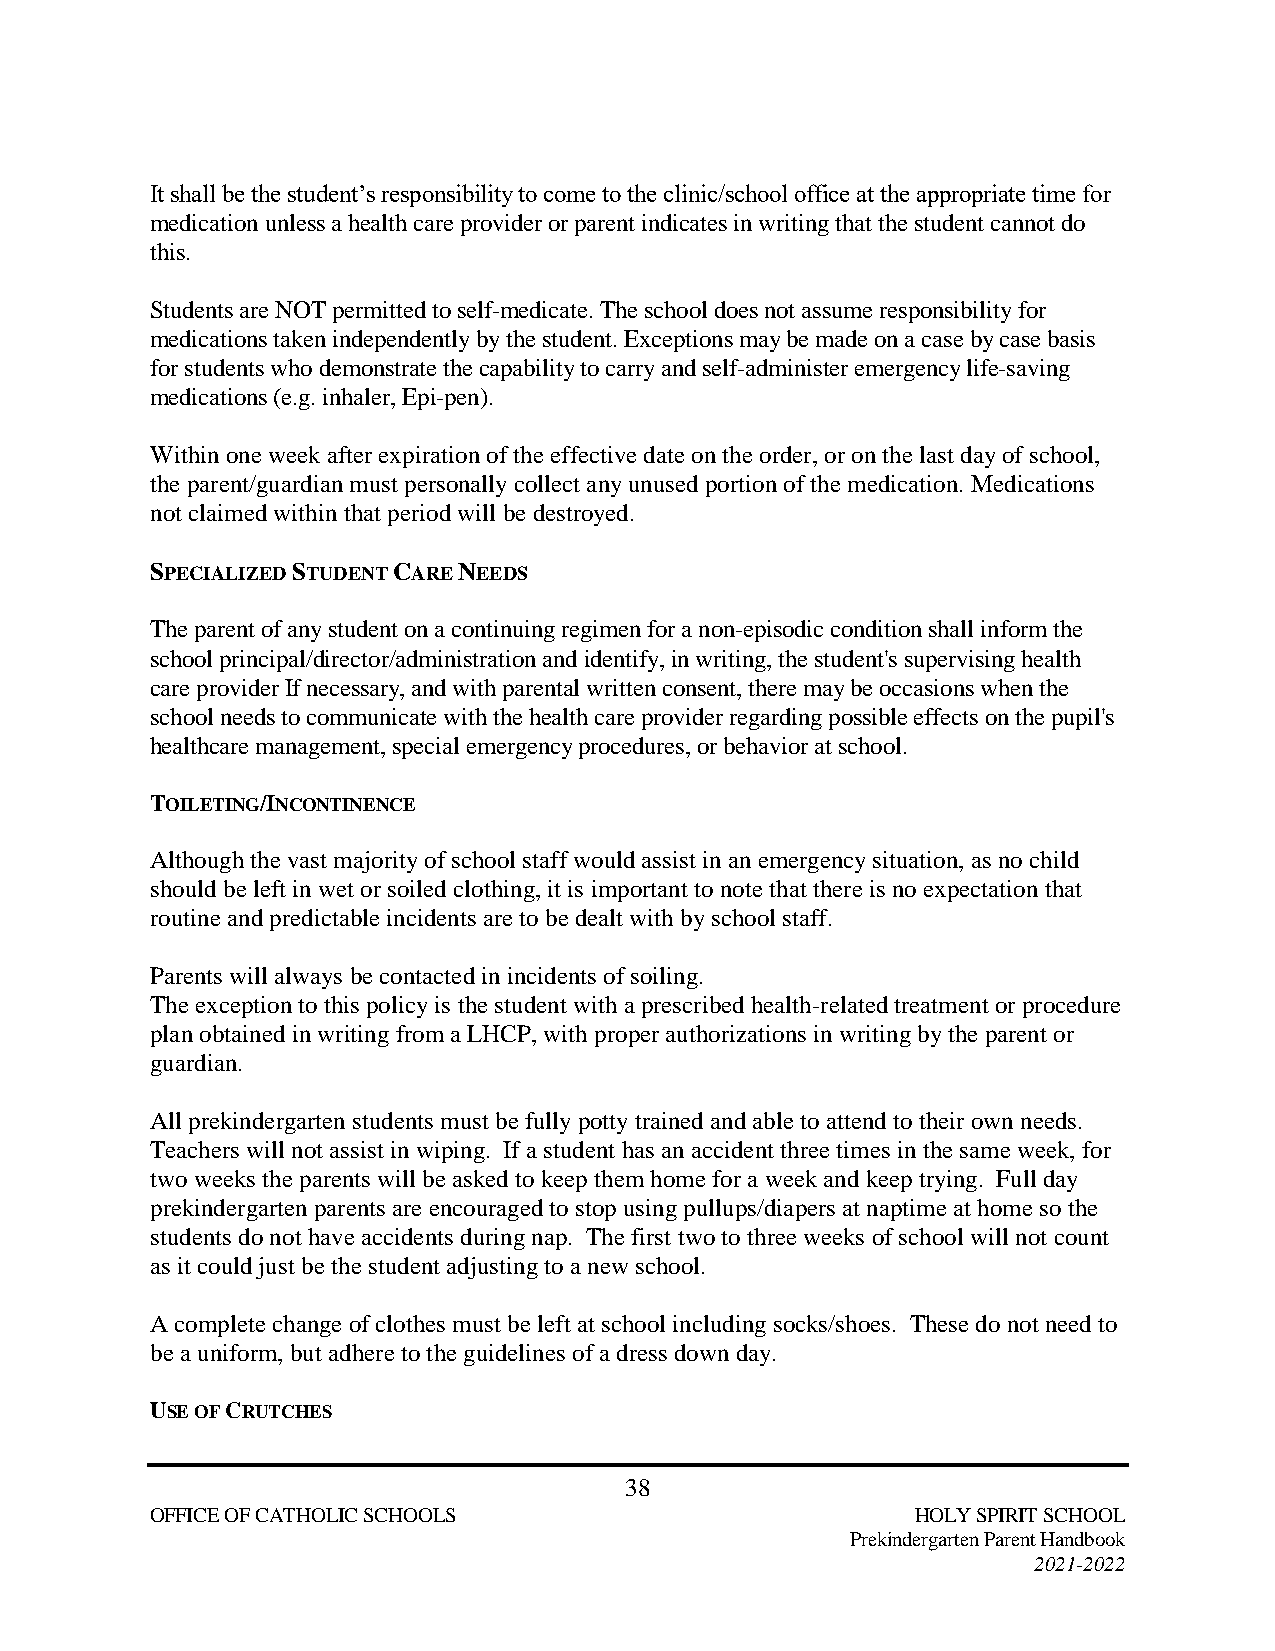
It shall be the student’s responsibility to come to the clinic/school office at the appropriate time for
 medication unless a health care provider or parent indicates in writing that the student cannot do
 this.
 Students are NOT permitted to self-medicate. The school does not assume responsibility for
 medications taken independently by the student. Exceptions may be made on a case by case basis
 for students who demonstrate the capability to carry and self-administer emergency life-saving
 medications (e.g. inhaler, Epi-pen).
 Within one week after expiration of the effective date on the order, or on the last day of school,
 the parent/guardian must personally collect any unused portion of the medication. Medications
 not claimed within that period will be destroyed.
 SPECIALIZED STUDENT CARE NEEDS
 The parent of any student on a continuing regimen for a non-episodic condition shall inform the
 school principal/director/administration and identify, in writing, the student's supervising health
 care provider If necessary, and with parental written consent, there may be occasions when the
 school needs to communicate with the health care provider regarding possible effects on the pupil's
 healthcare management, special emergency procedures, or behavior at school.
 TOILETING/INCONTINENCE
 Although the vast majority of school staff would assist in an emergency situation, as no child
 should be left in wet or soiled clothing, it is important to note that there is no expectation that
 routine and predictable incidents are to be dealt with by school staff.
 Parents will always be contacted in incidents of soiling.
 The exception to this policy is the student with a prescribed health-related treatment or procedure
 plan obtained in writing from a LHCP, with proper authorizations in writing by the parent or
 guardian.
 All prekindergarten students must be fully potty trained and able to attend to their own needs.
 Teachers will not assist in wiping. If a student has an accident three times in the same week, for
 two weeks the parents will be asked to keep them home for a week and keep trying. Full day
 prekindergarten parents are encouraged to stop using pullups/diapers at naptime at home so the
 students do not have accidents during nap. The first two to three weeks of school will not count
 as it could just be the student adjusting to a new school.
 A complete change of clothes must be left at school including socks/shoes. These do not need to
 be a uniform, but adhere to the guidelines of a dress down day.
 USE OF CRUTCHES
 38
 OFFICE OF CATHOLIC SCHOOLS                         HOLY SPIRIT SCHOOL
 Prekindergarten Parent Handbook
 2021-2022